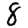
Digit: 8